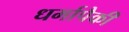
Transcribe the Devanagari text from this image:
धर्मापैकी